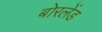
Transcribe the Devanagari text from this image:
बोरलेंड